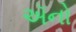
ઍનો